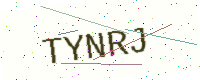
Text: TYNRJ